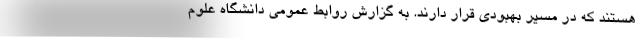
هستند که در مسیر بهبودی قرار دارند. به گزارش روابط عمومی دانشگاه علوم